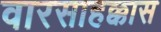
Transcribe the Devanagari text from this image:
वारसाहक्कास